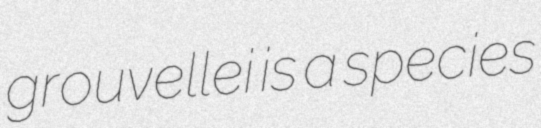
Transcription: grouvellei is a species